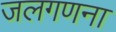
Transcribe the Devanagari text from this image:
जलगणना